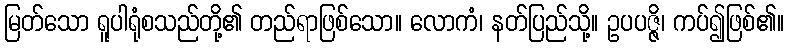
မြတ်သော ရူပါရုံစသည်တို့၏ တည်ရာဖြစ်သော။ လောကံ၊ နတ်ပြည်သို့။ ဥပပဇ္ဇိ၊ ကပ်၍ဖြစ်၏။